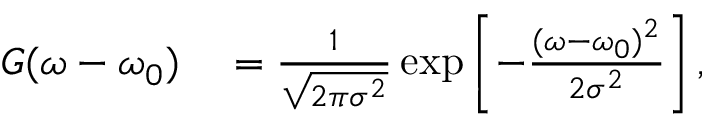
\begin{array} { r l } { G ( \omega - \omega _ { 0 } ) } & { { } = \frac { 1 } { \sqrt { 2 \pi \sigma ^ { 2 } } } \exp \left[ - \frac { ( \omega - \omega _ { 0 } ) ^ { 2 } } { 2 \sigma ^ { 2 } } \right] , } \end{array}